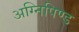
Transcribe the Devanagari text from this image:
अग्निपिण्ड